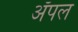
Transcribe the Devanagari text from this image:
अॅपल